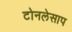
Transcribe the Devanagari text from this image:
टोनलेसाप